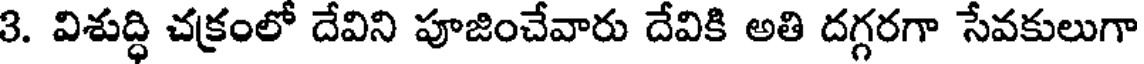
3. విశుద్ధి చక్రంలో దేవిని పూజించేవారు దేవికి అతి దగ్గరగా సేవకులుగా